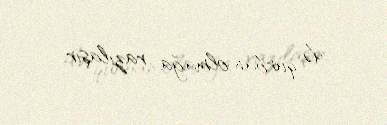
də qurban olmağa razılaşır.